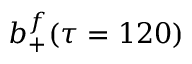
b _ { + } ^ { f } ( \tau = 1 2 0 )